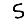
Digit: 5